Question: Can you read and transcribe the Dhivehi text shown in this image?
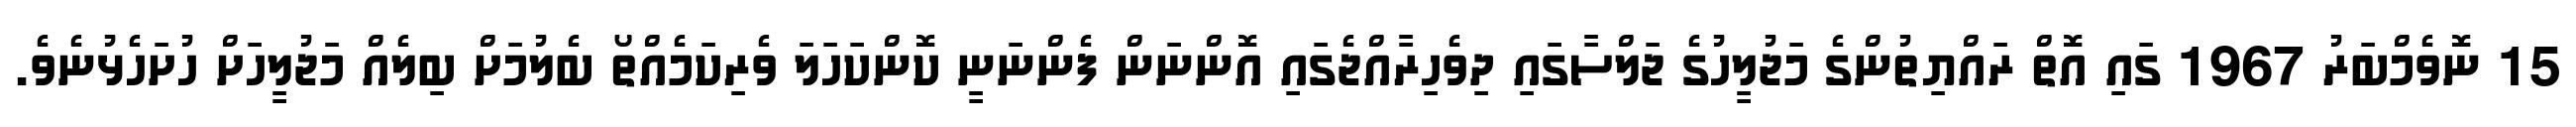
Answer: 15 ނޮވެމްބަރު 1967 ގައި އޮތް ރައްޔިތުންގެ މަޖުލީހުގެ ޖަލްސާގައި ދިވެހިރާއްޖެގައި އޮންނަން ފެންނަނީ ކޮންކަހަލަ ވެރިކަމެއްތޯ ބެލުމަށް ބިލެއް މަޖުލީހަށް ހުށަހެޅުނެވެ.